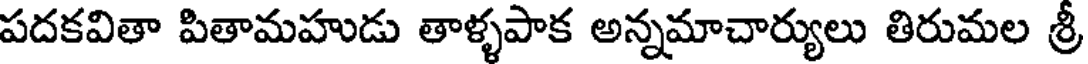
పదకవితా పితామహుడు తాళ్ళపాక అన్నమాచార్యులు తిరుమల శ్రీ